画像に写った文字を読んでください
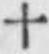
「十」と書いてあります